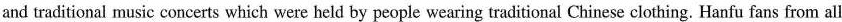
and traditional music concerts which were held by people wearing traditional Chinese clothing. Hanfu fans from all